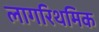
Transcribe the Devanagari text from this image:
लागरिथमिक